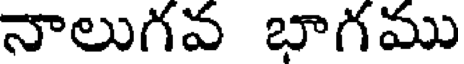
నాలుగవ భాగము